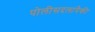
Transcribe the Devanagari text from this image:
पोलीसदलांपैकी